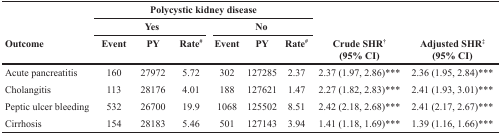
| <ROWSPAN=2>  | <COLSPAN=6> Polycystic kidney disease | <ROWSPAN=2>  | <ROWSPAN=2>  |
 | <COLSPAN=3> Yes | <COLSPAN=3> No |
 | Outcome | Event | PY | Rate# | Event | PY | Rate# | Crude SHR† (95% CI) | Adjusted SHR‡ (95% CI) |
 | --- | --- | --- | --- | --- | --- | --- | --- | --- |
 | Acute pancreatitis | 160 | 27972 | 5.72 | 302 | 127285 | 2.37 | 2.37 (1.97, 2.86)*** | 2.36 (1.95, 2.84)*** |
 | Cholangitis | 113 | 28176 | 4.01 | 188 | 127621 | 1.47 | 2.27 (1.82, 2.83)*** | 2.41 (1.93, 3.01)*** |
 | Peptic ulcer bleeding | 532 | 26700 | 19.9 | 1068 | 125502 | 8.51 | 2.42 (2.18, 2.68)*** | 2.41 (2.17, 2.67)*** |
 | Cirrhosis | 154 | 28183 | 5.46 | 501 | 127143 | 3.94 | 1.41 (1.18, 1.69)*** | 1.39 (1.16, 1.66)*** |